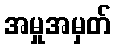
အမှုအမှတ်